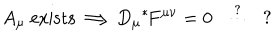
LaTeX: A _ { \mu } \mathrm { \ e x i s t s } \Longrightarrow D _ { \mu } \mathrm { } ^ { * } \! F ^ { \mu \nu } = 0 \ \ \stackrel { ? } { \cdots } \ \ ?